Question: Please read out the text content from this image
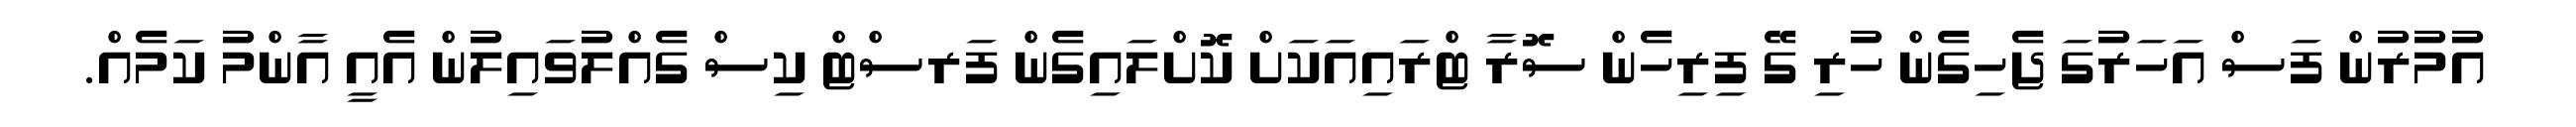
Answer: އުމުރުން ފަސް އަހަރުގަ ޖެހިގެން ހުރި ގޭ ފިރިހެން ސޮރާ ޓްރައިއަކަށް ކޮށްލައިގެން ފަރސްޓް ކިސް ގެއްލުވައިލުން އެއީ އާންމު ކަމެއް.